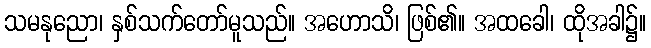
သမနုညော၊ နှစ်သက်တော်မူသည်။ အဟောသိ၊ ဖြစ်၏။ အထခေါ၊ ထိုအခါ၌။